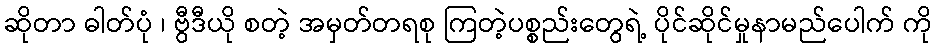
ဆိုတာ ဓါတ်ပုံ ၊ ဗွီဒီယို စတဲ့ အမှတ်တရစု ကြတဲ့ပစ္စည်းတွေရဲ့ ပိုင်ဆိုင်မှုနာမည်ပေါက် ကို